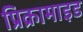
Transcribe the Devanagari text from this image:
प्रिक्रामाइड